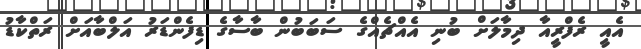
އެއީ ރެފްރީއާ ދިމާލަށް ބުނި އެއްޗެއްގެ ސަބަބުން ބާސާގެ ޑިފެންޑަރު އަލްބާއަށް ރަތްކާޑު